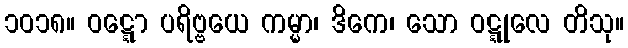
၁၀၁၈။ ဝဋ္ဋော ပရိဗ္ဗယေ ကမ္မာ၊ ဒိကေ၊ သော ဝဋ္ဋုလေ တိသု။